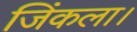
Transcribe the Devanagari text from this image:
जिंकला।